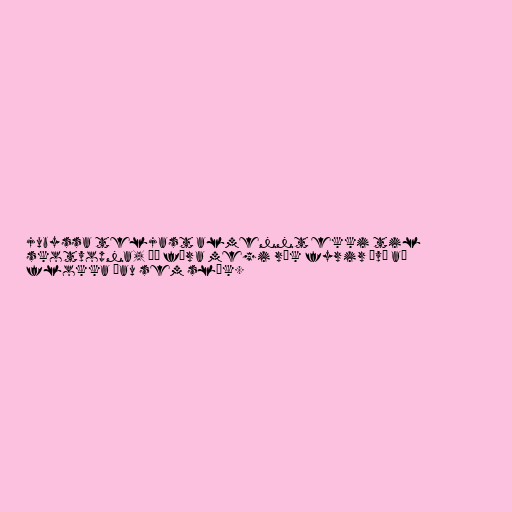
jubyssa teljast almennt ekki til
skotvopna, þó færa megi rök fyrir því að
flokka þau sem slík.